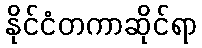
နိုင်ငံတကာဆိုင်ရာ